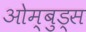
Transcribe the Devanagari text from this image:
ओम्बुड्स